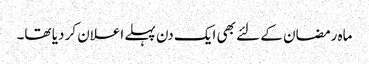
ماہ رمضان کے لئے بھی ایک دن پہلے اعلان کر دیا تھا۔